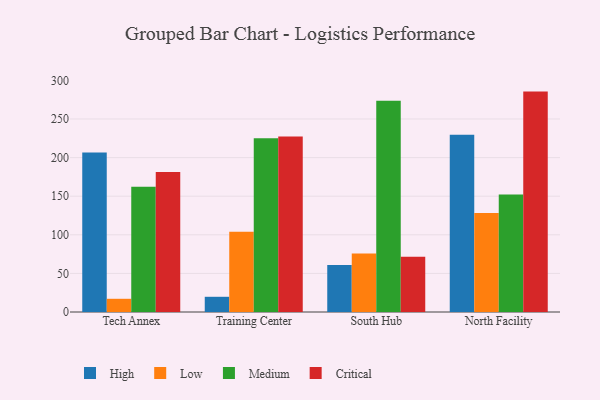
{"axis": {"x": "Campus", "y": "Revenue (USD Million)"}, "legend": ["Critical", "High", "Low", "Medium"], "data": [{"x": "Tech Annex", "y": 206.6, "type": "High"}, {"x": "Tech Annex", "y": 17.1, "type": "Low"}, {"x": "Tech Annex", "y": 162.3, "type": "Medium"}, {"x": "Tech Annex", "y": 181.3, "type": "Critical"}, {"x": "Training Center", "y": 19.7, "type": "High"}, {"x": "Training Center", "y": 103.8, "type": "Low"}, {"x": "Training Center", "y": 225.0, "type": "Medium"}, {"x": "Training Center", "y": 227.4, "type": "Critical"}, {"x": "South Hub", "y": 60.9, "type": "High"}, {"x": "South Hub", "y": 75.7, "type": "Low"}, {"x": "South Hub", "y": 273.7, "type": "Medium"}, {"x": "South Hub", "y": 71.5, "type": "Critical"}, {"x": "North Facility", "y": 229.5, "type": "High"}, {"x": "North Facility", "y": 128.3, "type": "Low"}, {"x": "North Facility", "y": 152.2, "type": "Medium"}, {"x": "North Facility", "y": 285.5, "type": "Critical"}]}